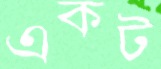
একট